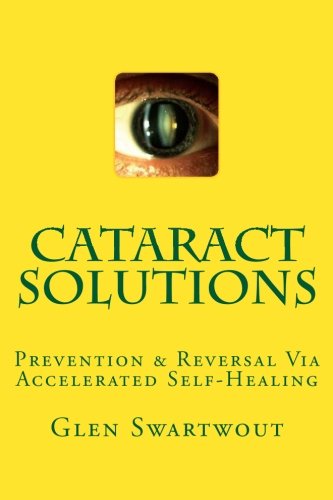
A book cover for Cataract Solutions: Prevention & Reversal Via Accelerated Self-Healing (Natural Eye & Vision Care) (Volume 4); Dr. Glen Swartwout; Health, Fitness & Dieting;